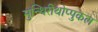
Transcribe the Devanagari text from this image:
मुन्थिरीथोप्पुकल